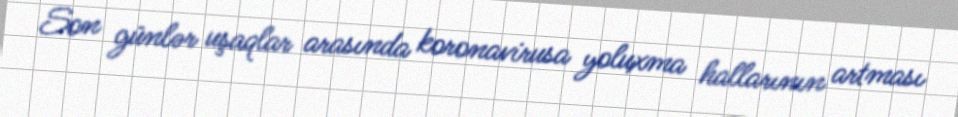
Son günlər uşaqlar arasında koronavirusa yoluxma hallarının artması